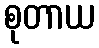
စုတာယ